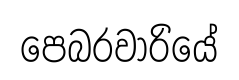
පෙබරවාරියේ